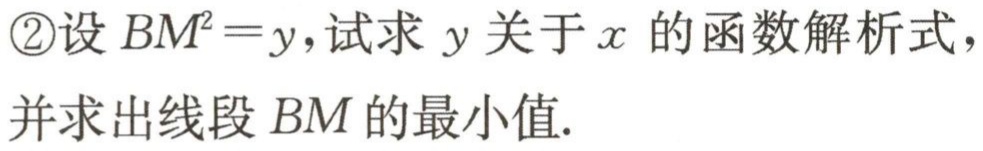
\textcircled{2}设 \(BM^{2}=y\)，试求 \(y\) 关于 \(x\) 的函数解析式，并求出线段 \(BM\) 的最小值.